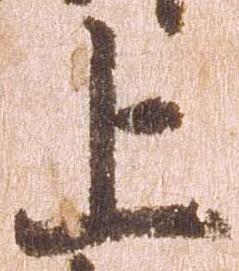
上